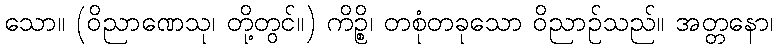
သော။ (ဝိညာဏေသု၊ တို့တွင်။) ကိဉ္စိ၊ တစုံတခုသော ဝိညာဉ်သည်။ အတ္တနော၊